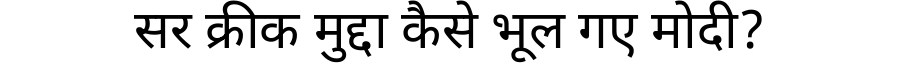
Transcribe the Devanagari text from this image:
सर क्रीक मुद्दा कैसे भूल गए मोदी?